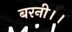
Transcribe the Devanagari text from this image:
बरनी।।